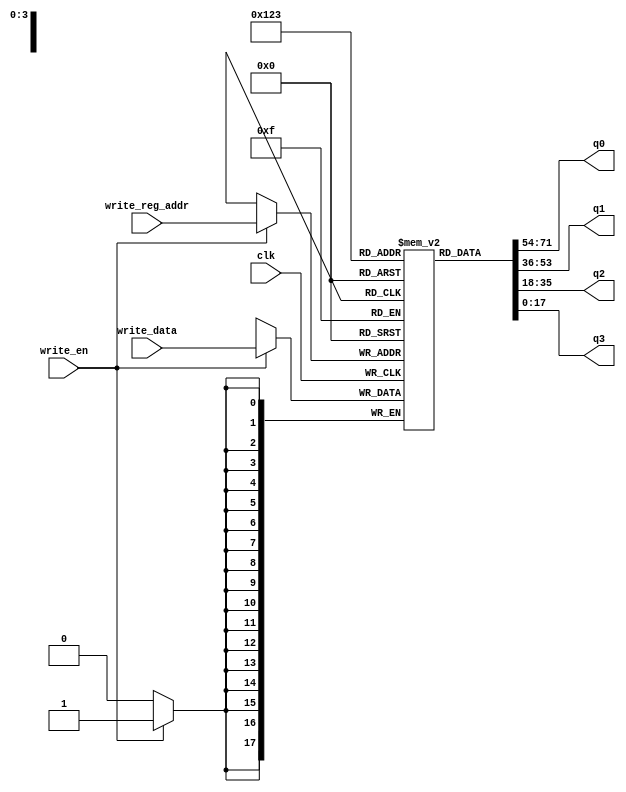
//--------------------------------------------------------------------------------------------
//
// Generated by X-HDL VHDL Translator - Version 2.0.0 Feb. 1, 2011
// ?? ?? 29 2018 17:22:12
//
//      Input file      : 
//      Component name  : register_file2
//      Author          : 
//      Company         : 
//
//      Description     : 
//
//
//--------------------------------------------------------------------------------------------


module register_file2(
   clk,
   write_en,
   write_reg_addr,
   write_data,
   q0,
   q1,
   q2,
   q3
);
   parameter                 ADDR_WIDTH = 4;
   parameter                 DATA_WIDTH = 18;
   input                     clk;
   input                     write_en;
   input [(ADDR_WIDTH-1):0]  write_reg_addr;
   input [(DATA_WIDTH-1):0]  write_data;
   output [(DATA_WIDTH-1):0] q0;
   output [(DATA_WIDTH-1):0] q1;
   output [(DATA_WIDTH-1):0] q2;
   output [(DATA_WIDTH-1):0] q3;
   
   
   reg [(DATA_WIDTH-1):0]    reg_xhdl0[0:(2**ADDR_WIDTH-1)];
   
   
   always @(posedge clk)
   begin: regFile
       begin
         if (write_en == 1'b1)
            reg_xhdl0[write_reg_addr] <= write_data;
      end 
   end
   assign q0 = reg_xhdl0[0];
   assign q1 = reg_xhdl0[1];
   assign q2 = reg_xhdl0[2];
   assign q3 = reg_xhdl0[3];
   
endmodule